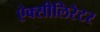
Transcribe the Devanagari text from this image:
ऐक्सीलिरेटर